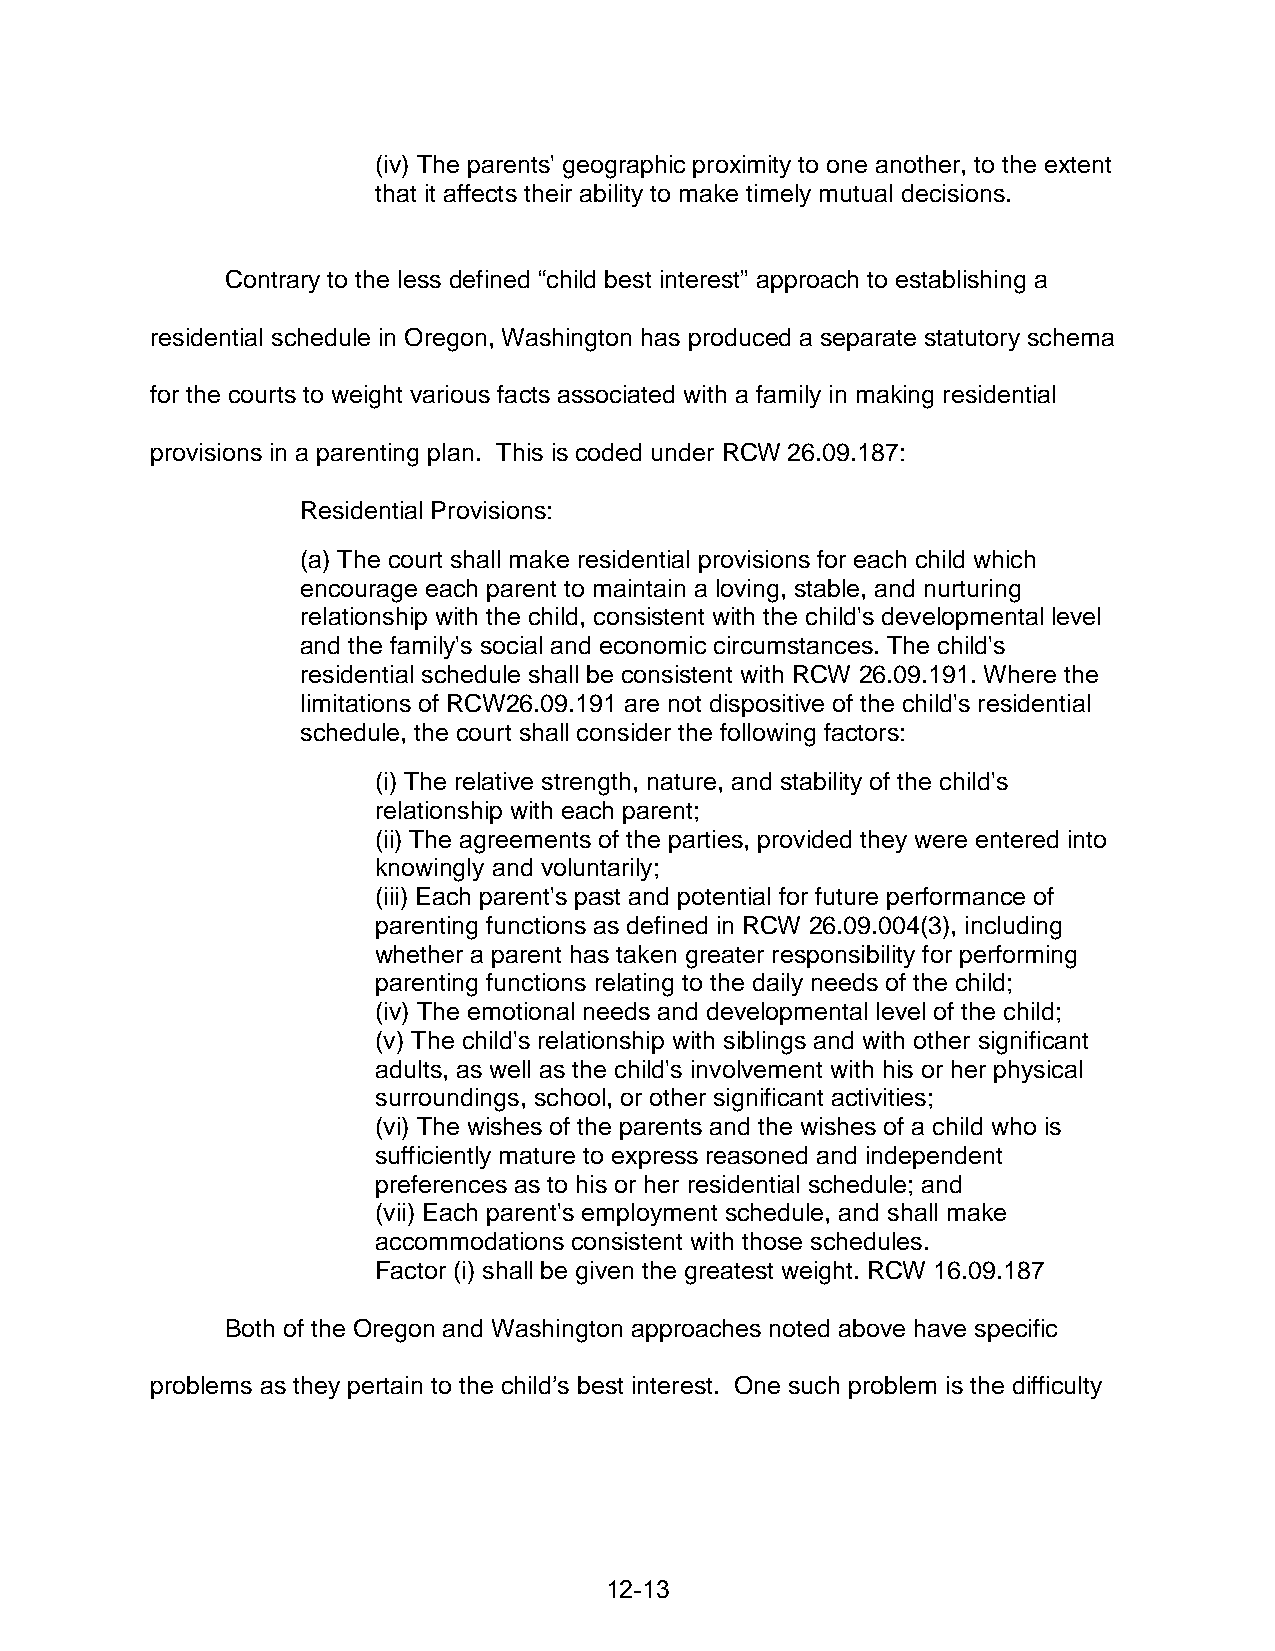
(iv) The parents' geographic proximity to one another, to the extent
 that it affects their ability to make timely mutual decisions.
 Contrary to the less defined “child best interest” approach to establishing a
 residential schedule in Oregon, Washington has produced a separate statutory schema
 for the courts to weight various facts associated with a family in making residential
 provisions in a parenting plan. This is coded under RCW 26.09.187:
 Residential Provisions:
 (a) The court shall make residential provisions for each child which
 encourage each parent to maintain a loving, stable, and nurturing
 relationship with the child, consistent with the child's developmental level
 and the family's social and economic circumstances. The child's
 residential schedule shall be consistent with RCW 26.09.191. Where the
 limitations of RCW26.09.191 are not dispositive of the child's residential
 schedule, the court shall consider the following factors:
 (i) The relative strength, nature, and stability of the child's
 relationship with each parent;
 (ii) The agreements of the parties, provided they were entered into
 knowingly and voluntarily;
 (iii) Each parent's past and potential for future performance of
 parenting functions as defined in RCW 26.09.004(3), including
 whether a parent has taken greater responsibility for performing
 parenting functions relating to the daily needs of the child;
 (iv) The emotional needs and developmental level of the child;
 (v) The child's relationship with siblings and with other significant
 adults, as well as the child's involvement with his or her physical
 surroundings, school, or other significant activities;
 (vi) The wishes of the parents and the wishes of a child who is
 sufficiently mature to express reasoned and independent
 preferences as to his or her residential schedule; and
 (vii) Each parent's employment schedule, and shall make
 accommodations consistent with those schedules.
 Factor (i) shall be given the greatest weight. RCW 16.09.187
 Both of the Oregon and Washington approaches noted above have specific
 problems as they pertain to the child’s best interest. One such problem is the difficulty
 12-13